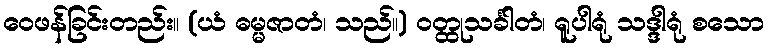
ဝေဖန်ခြင်းတည်း။ (ယံ ဓမ္မဇာတံ၊ သည်။) ဝတ္ထုသင်္ခါတံ၊ ရူပါရုံ သဒ္ဒါရုံ စသော